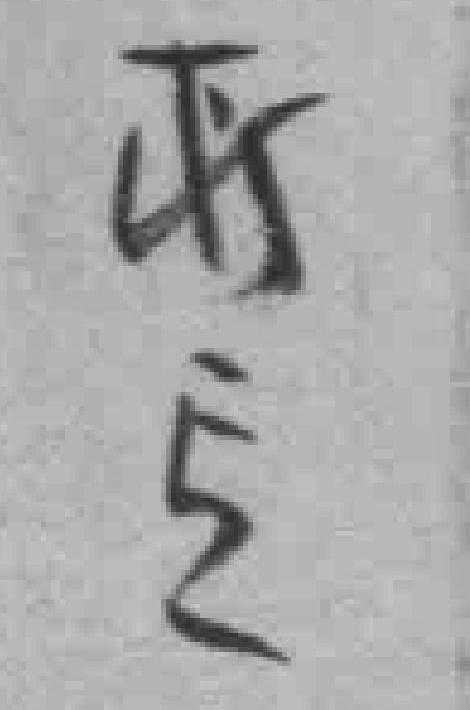
所*